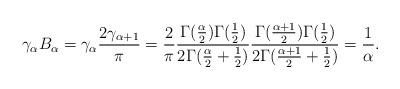
LaTeX: \begin{align*}\gamma_\alpha B_\alpha& = \gamma_\alpha\frac{2\gamma_{\alpha+1}}{\pi} = \frac{2}{\pi}\frac{\Gamma(\frac{\alpha}{2})\Gamma(\frac{1}{2})}{2\Gamma(\frac{\alpha}{2}+\frac{1}{2})}\frac{\Gamma(\frac{\alpha+1}{2})\Gamma(\frac{1}{2})}{2\Gamma(\frac{\alpha+1}{2}+\frac{1}{2})}=\frac{1}{\alpha}.\end{align*}